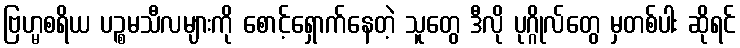
ဗြဟ္မစရိယ ပဉ္စမသီလများကို စောင့်ရှောက်နေတဲ့ သူတွေ ဒီလို ပုဂ္ဂိုလ်တွေ မှတစ်ပါး ဆိုရင်